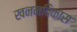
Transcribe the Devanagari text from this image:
खननविकास